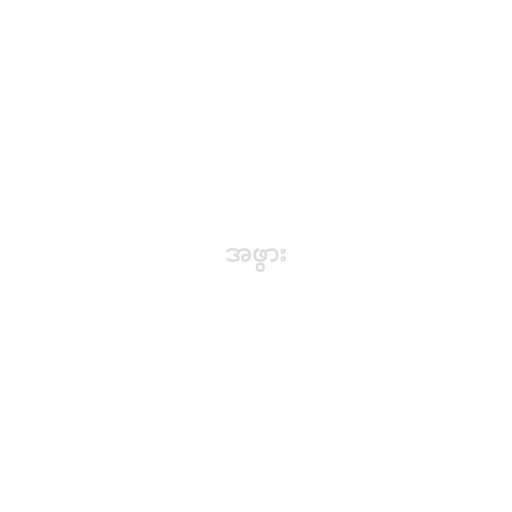
အဖွား